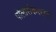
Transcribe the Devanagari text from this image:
पोलीसैकराइड